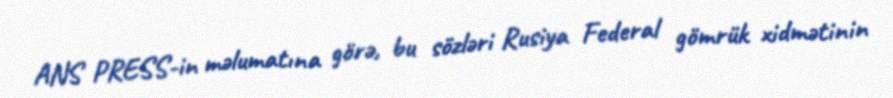
ANS PRESS-in məlumatına görə, bu sözləri Rusiya Federal gömrük xidmətinin